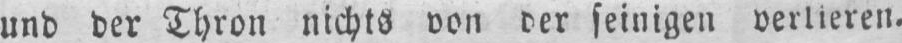
und der Thron nichts von der seinigen verlieren.